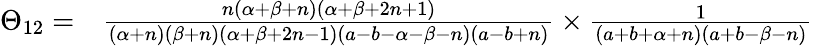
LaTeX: \begin{array}{rl}{\Theta_{12}=}&{\frac{n\left(\alpha+\beta+n\right)\left(\alpha+\beta+2n+1\right)}{\left(\alpha+n\right)\left(\beta+n\right)\left(\alpha+\beta+2n-1\right)\left(a-b-\alpha-\beta-n\right)\left(a-b+n\right)}\times\frac{1}{\left(a+b+\alpha+n\right)\left(a+b-\beta-n\right)}}\end{array}